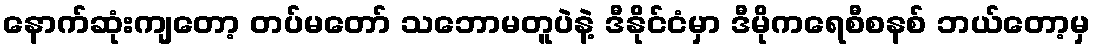
နောက်ဆုံးကျတော့ တပ်မတော် သဘောမတူပဲနဲ့ ဒီနိုင်ငံမှာ ဒီမိုကရေစီစနစ် ဘယ်တော့မှ